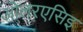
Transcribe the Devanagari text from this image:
ओलरएसिइ